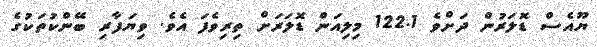
ޔޫއެސް ޑޮލަރުން ދަށްވެ 122.1 މިލިއަން ޑޮލަރަށް ތިރިވެފަ އެވެ. ވިޔަފާރި ބޭންކުތަކުގެ